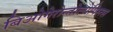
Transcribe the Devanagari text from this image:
बिओगेरोन्तोलोगिस्त्स